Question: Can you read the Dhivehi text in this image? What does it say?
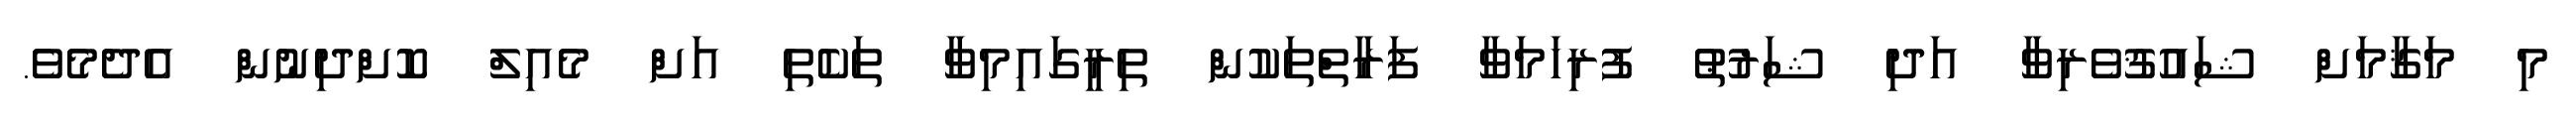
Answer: މި މަޤާމަށް ޝައުޤުވެރިވާ އަދި ޝަރުޠު ފުރިހަމަވާ ފަރާތްތަކުން ތިރީގައިމިވާ ތަކެތި އަށް މެއިލް ކޮށްދިނުން އެދެމެވެ.